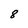
Character: 8